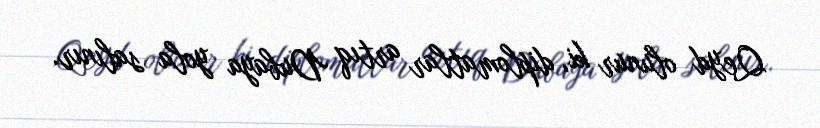
Qeyd olunur ki, diplomatlar artıq Dubaya yola salınır.